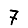
Digit: 7